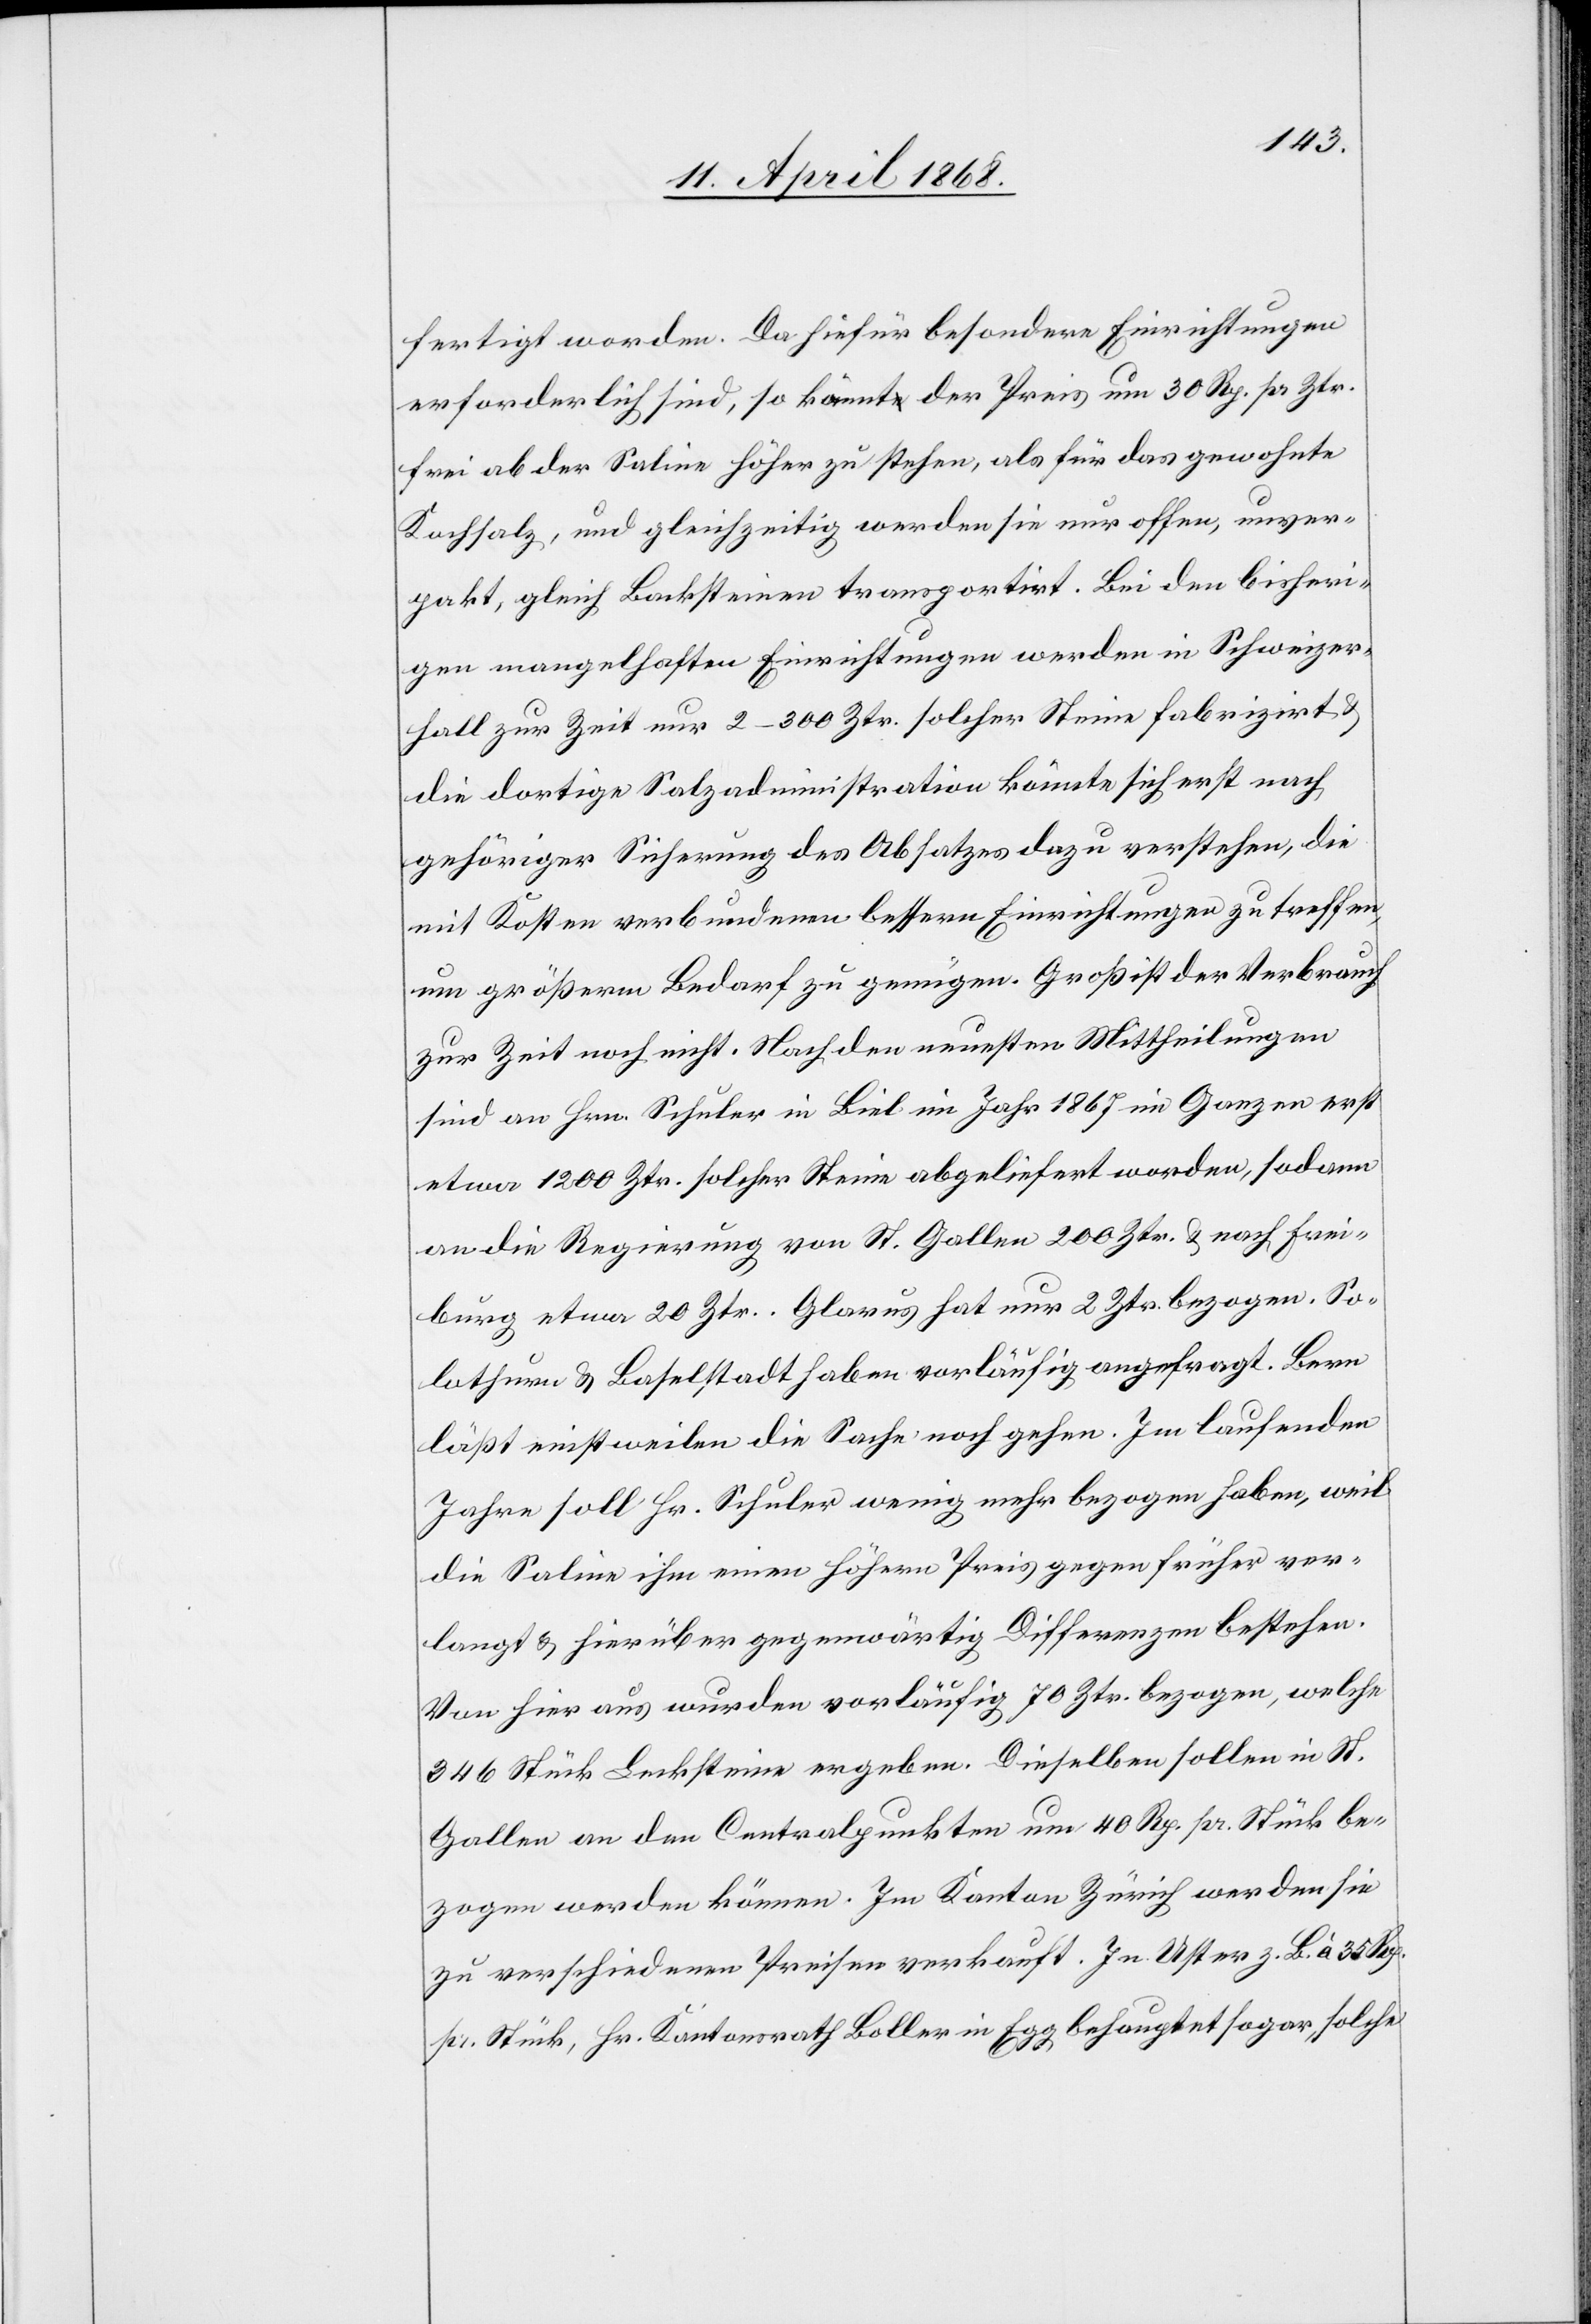
fertigt worden. Da hiefür besondere Einrichtungen
erforderlich sind, so kommt der Preis um 30 Rp. pr Ztr.
frei ab der Saline höher zu stehen, als für das gewohnte
Kochsalz, und gleichzeitig werden sie nur offen, unver¬
pakt, gleich Backsteinen transportirt. Bei den bisheri¬
gen mangelhaften Einrichtungen werden in Schweizer¬
hall zur Zeit nur 2–300 Ztr. solcher Steine fabrizirt &
die dortige Salzadministration könnte sich erst nach
gehöriger Sicherung des Absatzes dazu verstehen, die
mit Kosten verbundenen bessern Einrichtungen zu treffen,
um größerm Bedarf zu genügen. Groß ist der Verbrauch
zur Zeit noch nicht. Nach den neuesten Mittheilungen
sind an Hrn. Schuler in Biel im Jahr 1867 im Ganzen erst
etwa 1200 Ztr. solcher Steine abgeliefert worden, sodann
an die Regierung von St. Gallen 200 Ztr. & nach Frei¬
burg etwa 20 Ztr. Glarus hat nur 2 Ztr. bezogen. So¬
lothurn & Baselstadt haben vorläufig angefragt. Bern
läßt einstweilen die Sache noch gehen. Im laufenden
Jahre soll Hr. Schuler wenig mehr bezogen haben, weil
die Saline ihm einen höhern Preis gegen früher ver¬
langt & hierüber gegenwärtig Differenzen bestehen.
Von hier aus wurden vorläufig 70 Ztr. bezogen, welche
346 Stück Lecksteine ergeben. Dieselben sollen in St.
Gallen an den Centralpunkten um 40 Rp. pr. Stück be¬
zogen werden können. Im Kanton Zürich werden sie
zu verschiedenen Preisen verkauft. In Uster z. B. à 35 Rp.
pr. Stück, Hr. Kantonsrath Boller in Egg behauptet sogar, solche